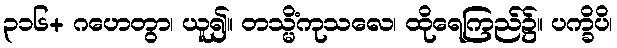
၃၁၆+ ဂဟေတွာ၊ ယူ၍။ တသ္မိံကုသလေ၊ ထိုရေကြည်၌။ ပက္ခိပိ၊